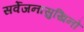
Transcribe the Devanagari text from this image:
सर्वेजनासुखिनो